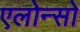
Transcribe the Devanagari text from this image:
एलोन्सो